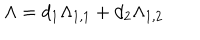
LaTeX: \Lambda = d _ { 1 } \Lambda _ { 1 , 1 } + d _ { 2 } \Lambda _ { 1 , 2 }